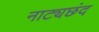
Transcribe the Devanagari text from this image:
नाट्यछंद